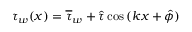
\tau _ { w } ( x ) = \overline { { \tau } } _ { w } + \hat { \tau } \cos { ( k x + \hat { \phi } ) }